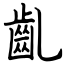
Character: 齓